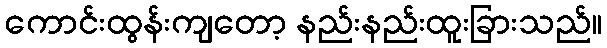
ကောင်းထွန်းကျတော့ နည်းနည်းထူးခြားသည်။